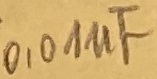
Text: 0,01µF